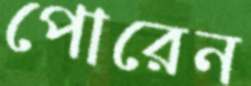
পোরেন